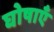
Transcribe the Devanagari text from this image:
घोषाएँ